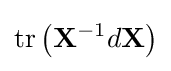
\operatorname {tr} \left(\mathbf {X} ^{-1}d\mathbf {X} \right)